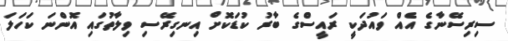
ސިރިސޭނާގެ އެއް ވައުދަކީ ރައީސްގެ ބާރު ކުޑަކޮށް އިނގިރޭސި ވިލާތުގައި އޮންނަ ކަހަލަ